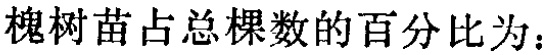
槐树苗占总棵数的百分比为：